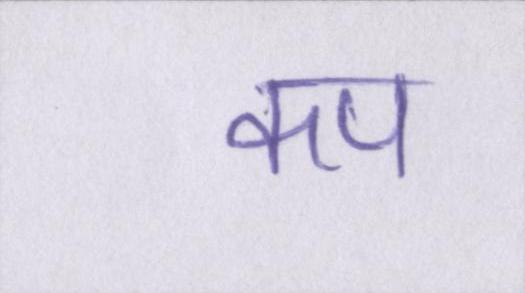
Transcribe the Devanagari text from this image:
कप